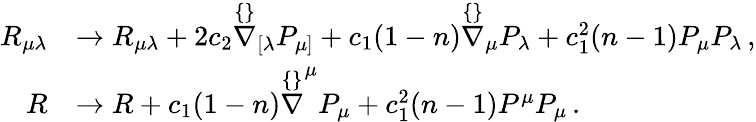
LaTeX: \begin{array}{rl}{R_{\mu\lambda}}&{\rightarrow R_{\mu\lambda}+2c_{2}\stackrel{\{ \} }{\nabla}_{[\lambda}P_{\mu]}+c_{1}(1-n)\stackrel{\{ \} }{\nabla}_{\mu}P_{\lambda}+c_{1}^{2}(n-1)P_{\mu}P_{\lambda}\, ,}\\ {R}&{\rightarrow R+c_{1}(1-n)\stackrel{\{ \} }{\nabla}^{\mu}P_{\mu}+c_{1}^{2}(n-1)P^{\mu}P_{\mu}\, .}\end{array}